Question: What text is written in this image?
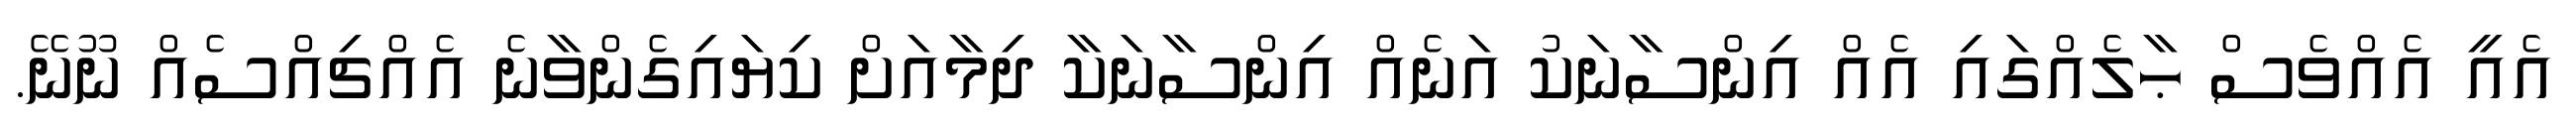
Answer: އެއީ އެއްވެސް ޙާލެއްގައި އެއް އިންސާނަކު އަނެއް އިންސާނަކާ ދިމާއަށް ކިޔައިގެންވާނެ އެއްޗިއްސެއް ނޫނޭ.